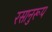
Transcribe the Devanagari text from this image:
रसानुरूप